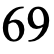
69